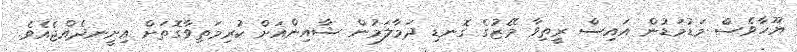
ޔޫހާވެސް މަޑުމަޑުން އައިސް ރީތިވާ މޭޒުގެ ގޮނޑި ދަމާލަމުން ޝާއިންއަށް ކުރިމަތިވާގޮތަށް އިށީނދެއްޖެއެވެ.